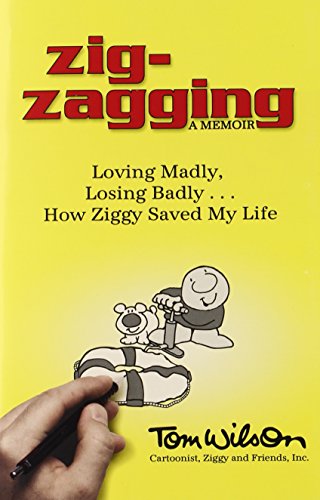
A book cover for Zig-Zagging: Loving Madly, Losing Badly... How Ziggy Saved My Life; Tom Wilson; Humor & Entertainment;